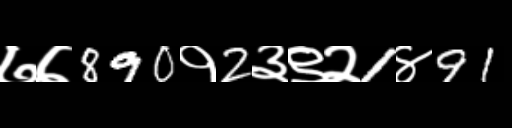
Text: ७७890१2३९२1४91